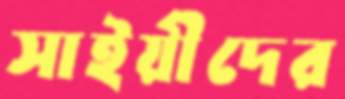
সাইয়ীদের